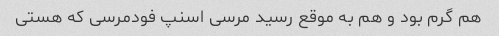
هم گرم بود و هم به موقع رسید مرسی اسنپ فودمرسی که هستی